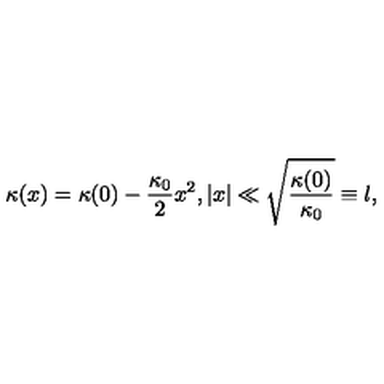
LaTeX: \kappa ( x ) = \kappa ( 0 ) - \frac { \kappa _ { 0 } } { 2 } x ^ { 2 } , | x | \ll \sqrt { \frac { \kappa ( 0 ) } { \kappa _ { 0 } } } \equiv l ,